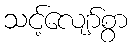
သင့်လျော်စွာ